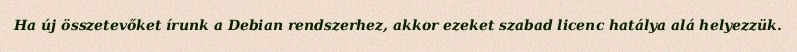
Ha új összetevőket írunk a Debian rendszerhez, akkor ezeket szabad licenc hatálya alá helyezzük.